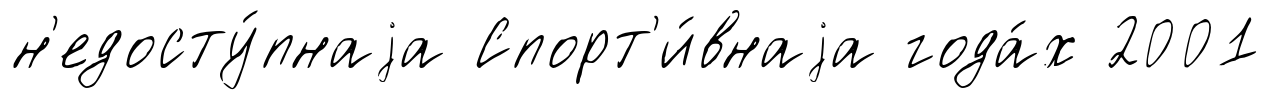
н'едосту́пнаjа Спорт'и́внаjа года́х 2001